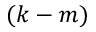
( k - m )